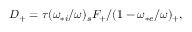
\begin{array} { r } { D _ { + } = \tau ( \omega _ { * i } / \omega ) _ { s } F _ { + } / ( 1 - \omega _ { * e } / \omega ) _ { + } , } \end{array}